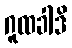
ဂူထခါဒိ